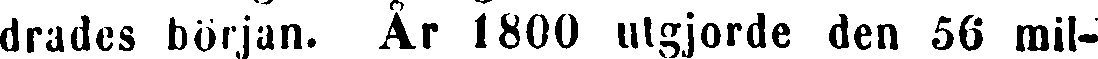
drades början. År 1800 utgjorde den 56 mil-